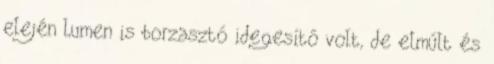
elején Lumen is borzasztó idegesítő volt, de elmúlt és